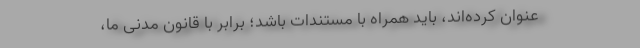
عنوان کرده‌اند، باید همراه با مستندات باشد؛ برابر با قانون مدنی ما،